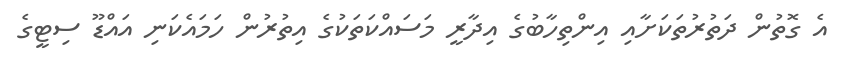
އެ ގޮތުން ދަތުރުތަކަށާއި އިންތިހާބުގެ އިދާރީ މަސައްކަތަކުގެ އިތުރުން ހަމައެކަނި އައްޑޫ ސިޓީގެ